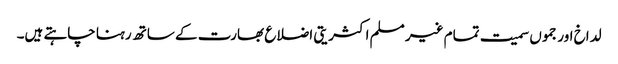
لداخ اور جموں سمیت تمام غیر مسلم اکثریتی اضلاع بھارت کے ساتھ رہنا چاہتے ہیں۔